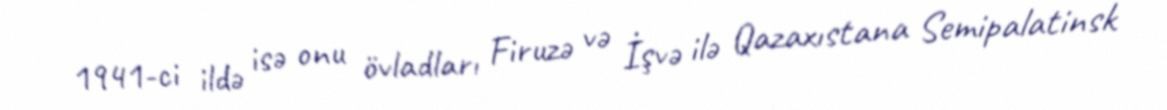
1941-ci ildə isə onu övladları Firuzə və İşvə ilə Qazaxıstana Semipalatinsk